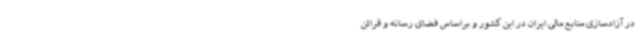
در آزادسازی منابع مالی ایران در این کشور و براساس فضای رسانه و قرائن